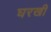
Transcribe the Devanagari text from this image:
घरखी